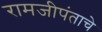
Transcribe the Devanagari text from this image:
रामजीपंताचे